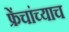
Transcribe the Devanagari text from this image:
फ्रेंचांच्याच